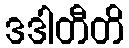
ဒဒါတီတိ